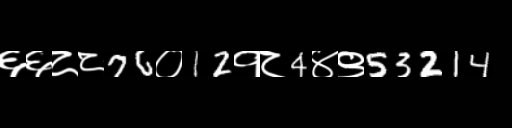
Text: ६६८८76०12१८4४९53214